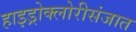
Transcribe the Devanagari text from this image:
हाइड्रोक्लोरीसंजात